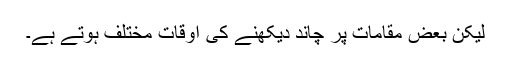
لیکن بعض مقامات پر چاند دیکھنے کی اوقات مختلف ہوتے ہے۔